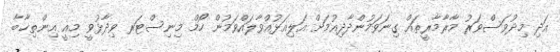
އަދި މިދުވަސްވަރު މާރާމާރީތައް ގިނަވަމުންދާދިއުމަށް އަލިއަޅުއްވާލައްވަމުން ހޯމް މިނިސްޓަރ ވިދާޅުވީ މިއީ އިންތިޚާބާ